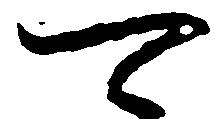
可